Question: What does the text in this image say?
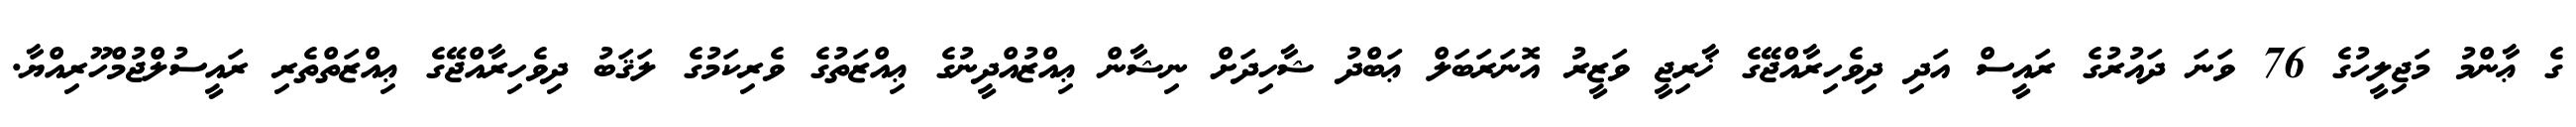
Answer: ގެ ޢާންމު މަޖިލީހުގެ 76 ވަނަ ދައުރުގެ ރައީސް އަދި ދިވެހިރާއްޖޭގެ ޚާރިޖީ ވަޒީރު އޮނަރަބަލް ޢަބްދު ޝާހިދަށް ނިޝާން ޢިއްޒުއްދީނުގެ ޢިއްޒަތުގެ ވެރިކަމުގެ ލަޤަބު ދިވެހިރާއްޖޭގެ ޢިއްޒަތްތެރި ރައީސުލްޖުމްހޫރިއްޔާ.